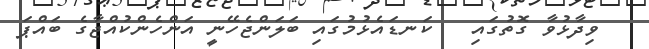
ވިދާޅުވާ ގޮތުގައި   ކަނޑައެޅުމުގައި ބަލަންޖެހޭނީ އަންހެންކުއްޖާގެ ބައްޕަ